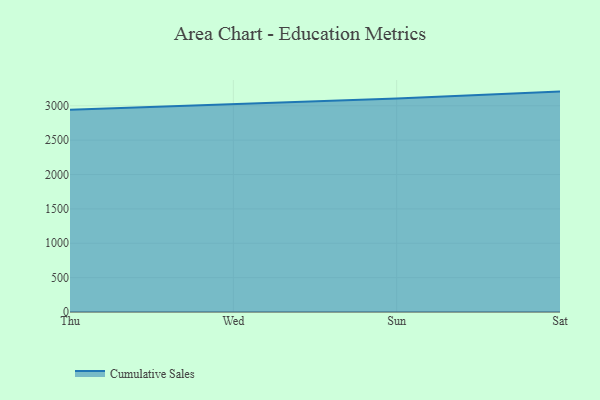
{"axis": {"x": "Day", "y": "Temperature (°C)"}, "legend": ["Cumulative Sales"], "data": [{"x": "Thu", "y": 2944.0, "type": "Cumulative Sales"}, {"x": "Wed", "y": 3022.6, "type": "Cumulative Sales"}, {"x": "Sun", "y": 3104.5, "type": "Cumulative Sales"}, {"x": "Sat", "y": 3206.5, "type": "Cumulative Sales"}]}